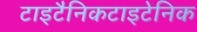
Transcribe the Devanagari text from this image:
टाइटैनिकटाइटेनिक